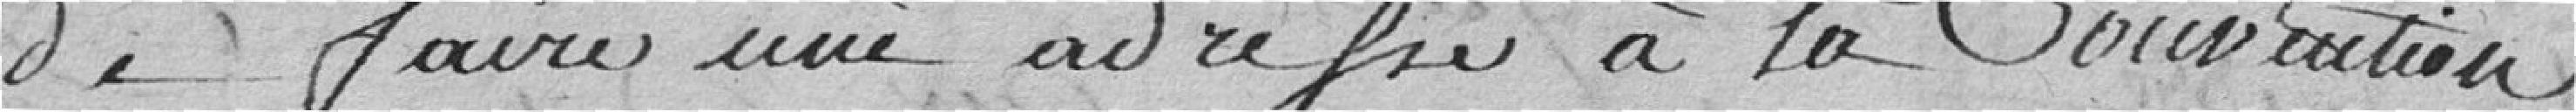
de faire une adresse à la Convention